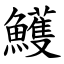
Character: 鱯